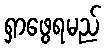
ရှာဖွေရမည်